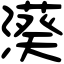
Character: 𣿮